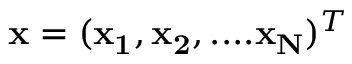
{ \bf x } = ( { \bf x _ { 1 } } , { \bf x _ { 2 } } , . . . . { \bf x _ { N } } ) ^ { T }